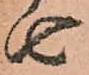
由